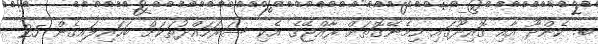
ބ. ކެންދޫ އާއި ގޮއިދޫގައި ހިމެނޭގޮތަށް ރާއްޖޭގެ އެކި ސަރަހައްދުތަކަށް ބަހައިލައިގެން 25